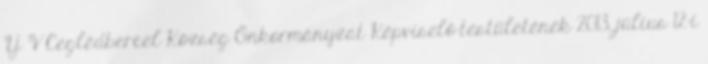
Y V Ceglédbercel Község Önkormányzat Képviselő-testületének 2013. július 12-i